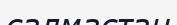
салмастан